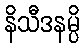
နိသီဒနမ္ပိ